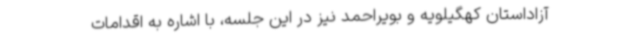
آزاداستان کهگیلویه و بویراحمد نیز در این جلسه، با اشاره به اقدامات